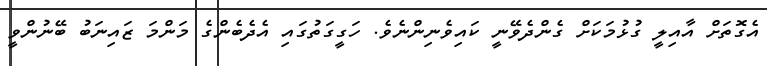
އެގޮތަށް އާއިލީ ގުޅުމަކަށް ގެންދެވޭނީ ކައިވެނިންނެވެ. ހަގީގަތުގައި އެދެބެންގެ މަންމަ ޒައިނަބު ބޭނުންވީ